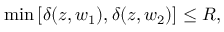
\operatorname* { m i n } \left[ \delta ( z , w _ { 1 } ) , \delta ( z , w _ { 2 } ) \right] \leq R ,